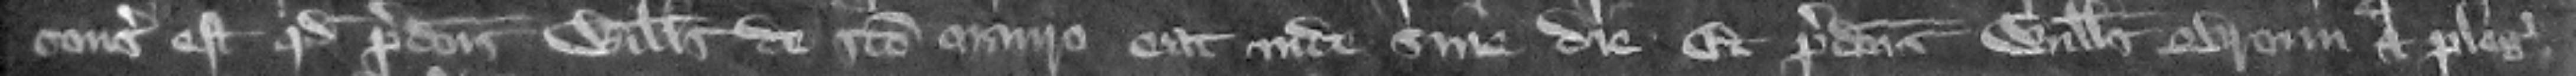
consideratum est quod predictus Willelmus de Sancto Mauro eat inde sine die. Et predictus Willelmus Broun et plegii